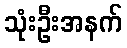
သုံးဦးအနက်